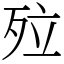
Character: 㱞